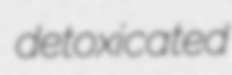
detoxicated